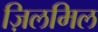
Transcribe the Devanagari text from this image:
ज़िलमिल